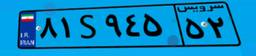
۸۱S۹۴۵۵۲